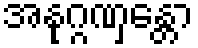
အနုဂ္ဂဏှန္တော